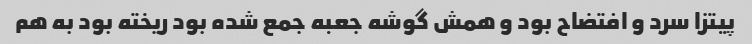
پیتزا سرد و افتضاح بود و همش گوشه جعبه جمع شده بود ریخته بود به هم